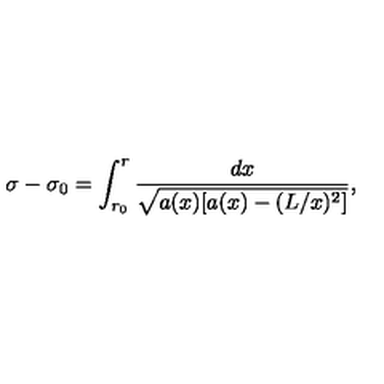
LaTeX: \sigma - \sigma _ { 0 } = \int _ { r _ { 0 } } ^ { r } \frac { d x } { \sqrt { a ( x ) [ a ( x ) - ( L / x ) ^ { 2 } ] } } ,